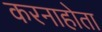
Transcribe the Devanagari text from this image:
करनाहोता